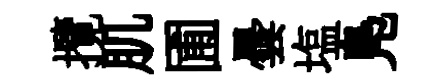
攬肌圃曇塩鳬